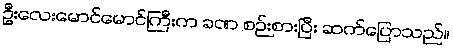
ဦးလေးမောင်မောင်ကြီးက ခဏ စဉ်းစားပြီး ဆက်ပြောသည်။